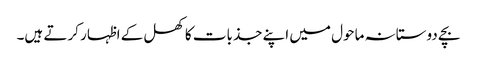
بچے دوستانہ ماحول میں اپنے جذبات کا کھل کے اظہار کرتے ہیں۔